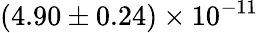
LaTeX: (4.90\pm 0.24)\times 10^{-11}